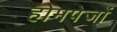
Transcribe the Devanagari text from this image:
होमपेजों